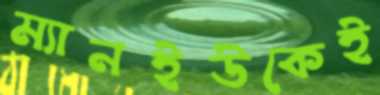
ম্যানইউকেই